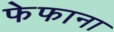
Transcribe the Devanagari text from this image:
फेफाना